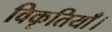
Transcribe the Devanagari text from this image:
विकृतियाँ।